Source: Handwritten
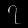
Digit: ၇ (7)